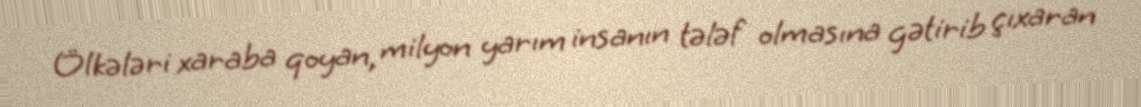
Ölkələri xaraba qoyan, milyon yarım insanın tələf olmasına gətirib çıxaran